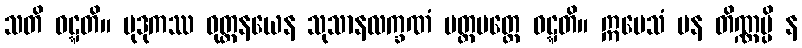
သတိ ဝဋ္ဋတိ။ မုဒုကဿ ဝုတ္တနယေန သုသာနလက္ခဏံ ပတ္တမတ္တေ ဝဋ္ဋတိ။ ဣမေသံ ပန တိဏ္ဏမ္ပိ န